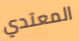
المعتدي